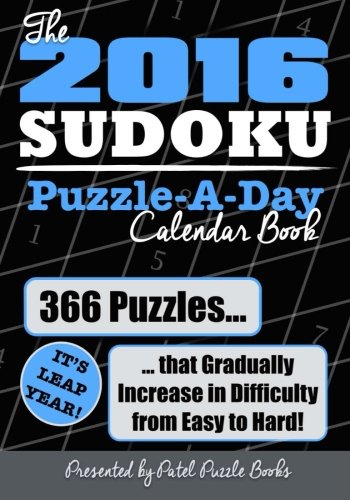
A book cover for The 2016 Sudoku Puzzle-A-Day Calendar Book: 366 Puzzles (It's Leap Year) that Gradually Increase in Difficulty from Easy to Hard!; Patel Puzzle Books; Calendars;